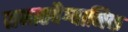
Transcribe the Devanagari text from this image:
समातवैग्यानिक